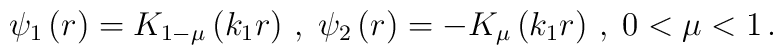
\psi _{1}\left( r\right) =K_{1-\mu }\left( k_{1}r\right) \,,\;\psi_{2}\left( r\right) =-K_{\mu }\left( k_{1}r\right) \,,\;0<\mu <1\,.